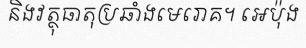
និងវត្ថុធាតុប្រឆាំងមេរោគ។ អេប៉ុង